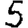
Digit: 5